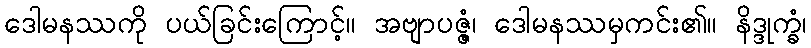
ဒေါမနဿကို ပယ်ခြင်းကြောင့်။ အဗျာပဇ္ဇံ၊ ဒေါမနဿမှကင်း၏။ နိဒ္ဒုက္ခံ၊